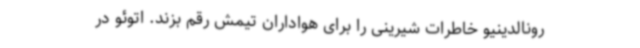
رونالدینیو خاطرات شیرینی را برای هواداران تیمش رقم بزند. اتوئو در